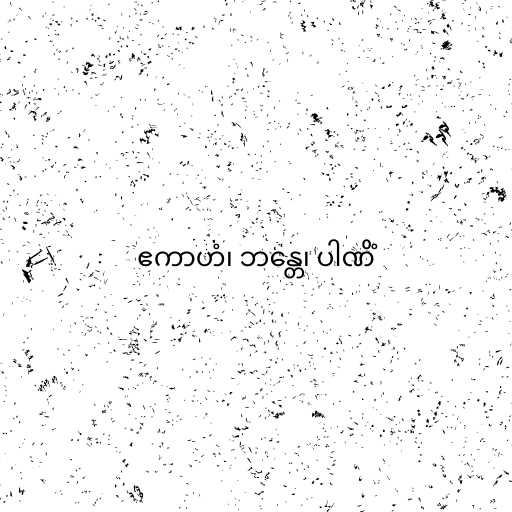
ဧကာဟံ၊ ဘန္တေ၊ ပါဏိံ